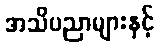
အသိပညာများနှင့်